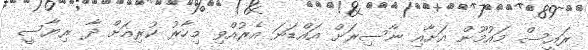
ރައީސް މައުމޫން އަށާއި ނާސިރަށް އައްޑަނަ އެރުއްވި މިހާރު ކުރިއަށް ދާ ރިޔާސީ